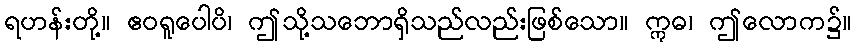
ရဟန်းတို့။ ဧဝရူပေါပိ၊ ဤသို့သဘောရှိသည်လည်းဖြစ်သော။ ဣဓ၊ ဤလောက၌။